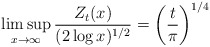
\begin{align*}\limsup_{x\to\infty} \frac{Z_t(x)}{(2\log x)^{1/2}} = \left(\frac{t}{\pi}\right)^{1/4}\qquad\end{align*}